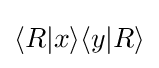
\langle R|x\rangle \langle y|R\rangle